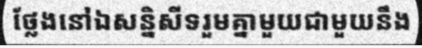
ថ្លែងនៅឯសន្និសីទរួមគ្នាមួយជាមួយនឹង